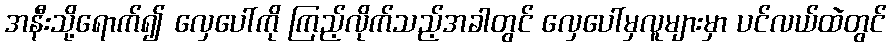
အနီးသို့ရောက်၍ လှေပေါ်ကို ကြည့်လိုက်သည့်အခါတွင် လှေပေါ်မှလူများမှာ ပင်လယ်ထဲတွင်